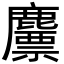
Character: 䴩